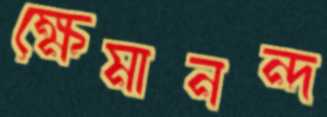
ক্ষেমানন্দ